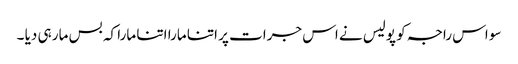
سو اس راجہ کو پولیس نے اس جرات پر اتنا مارا اتنا مارا کہ بس مار ہی دیا ۔